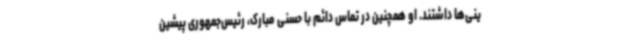
ینی‌ها داشتند. او همچنین در تماس دائم با حسنی مبارک، رئیس‌جمهوری پیشین